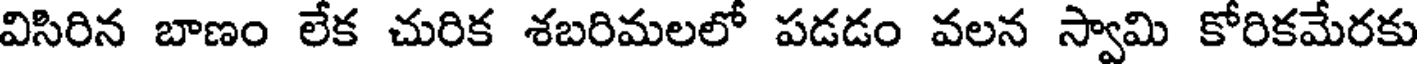
విసిరిన బాణం లేక చురిక శబరిమలలో పడడం వలన స్వామి కోరికమేరకు